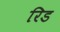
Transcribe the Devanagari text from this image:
रिड